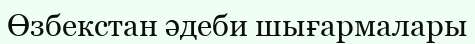
Өзбекстан әдеби шығармалары